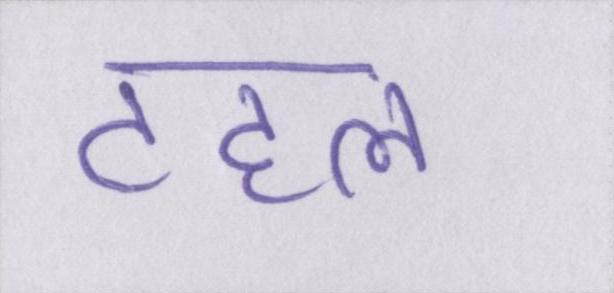
टहल